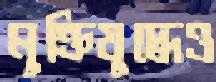
মুক্তিযুদ্ধেও